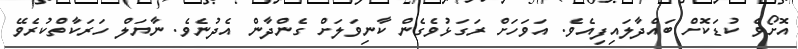
އޮށޯވެ ކުޑަކޮށް ބައްދާލައިފިއެވެ. އަވަހަށް ރަގަޅުވެގެން ކާނިވަލަށް ގެންދާން އެދުނެވެ. ނާޔަލް ހަރަކާތްކުރެވޭ